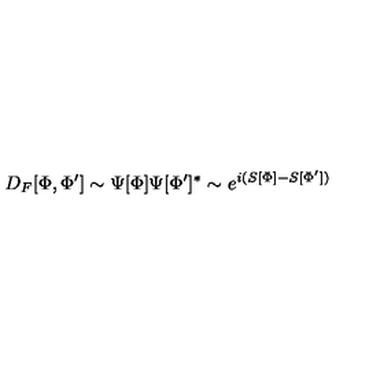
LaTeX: D _ { F } [ \Phi , \Phi ^ { \prime } ] \sim \Psi [ \Phi ] \Psi [ \Phi ^ { \prime } ] ^ { * } \sim e ^ { i ( S [ \Phi ] - S [ \Phi ^ { \prime } ] ) }